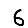
Digit: 6